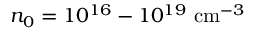
n _ { 0 } = 1 0 ^ { 1 6 } - 1 0 ^ { 1 9 } ~ \mathrm { c m } ^ { - 3 }